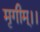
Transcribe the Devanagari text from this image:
मृगीम्।।